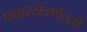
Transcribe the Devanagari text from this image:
प्रचारयंत्रणेतही